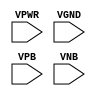
module sky130_fd_sc_hdll__tapvgnd (
    VPWR,
    VGND,
    VPB ,
    VNB
);

    // Module ports
    input VPWR;
    input VGND;
    input VPB ;
    input VNB ;
     // No contents.
endmodule